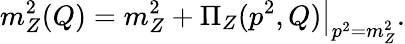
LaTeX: m_{Z}^{2}(Q)=m_{Z}^{2}+\left.\Pi_{Z}(p^{2},Q)\right|_{p^{2}=m_{Z}^{2}}.